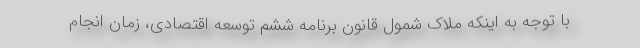
با توجه به اینکه ملاک شمول قانون برنامه ششم توسعه اقتصادی، زمان انجام